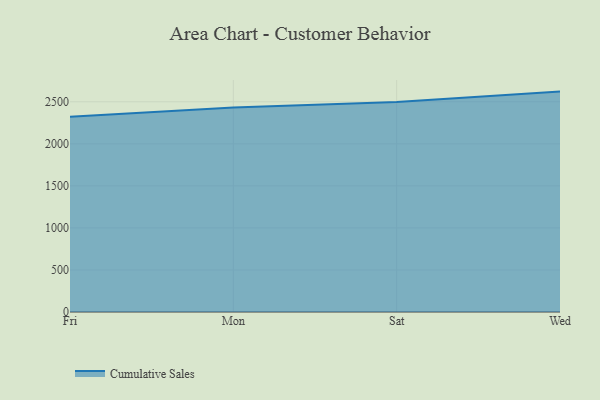
{"axis": {"x": "Day", "y": "Customer Acquisition Cost (USD)"}, "legend": ["Cumulative Sales"], "data": [{"x": "Fri", "y": 2322.4, "type": "Cumulative Sales"}, {"x": "Mon", "y": 2431.0, "type": "Cumulative Sales"}, {"x": "Sat", "y": 2499.0, "type": "Cumulative Sales"}, {"x": "Wed", "y": 2621.2, "type": "Cumulative Sales"}]}